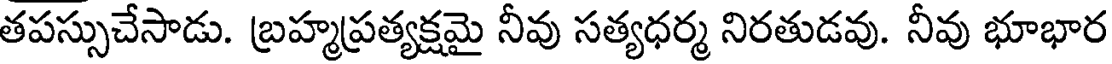
తపస్సుచేసాడు. బ్రహ్మప్రత్యక్షమై నీవు సత్యధర్మ నిరతుడవు. నీవు భూభార